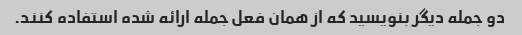
دو جمله دیگر بنویسید که از همان فعل جمله ارائه شده استفاده کنند.